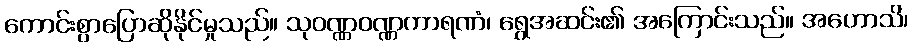
ကောင်းစွာပြောဆိုနိုင်မှုသည်။ သုဝဏ္ဏဝဏ္ဏကာရဏံ၊ ရွှေအဆင်း၏ အကြောင်းသည်။ အဟောသိ၊